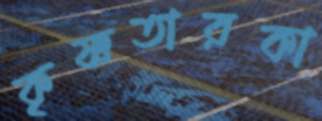
কৃষ্ণতারকা